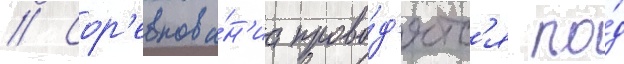
// Сор'евнова́н'иа прово́д'ятс'я по́д